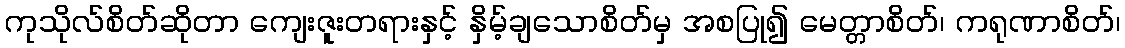
ကုသိုလ်စိတ်ဆိုတာ ကျေးဇူးတရားနှင့် နှိမ့်ချသောစိတ်မှ အစပြု၍ မေတ္တာစိတ်၊ ကရုဏာစိတ်၊